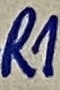
Text: R1